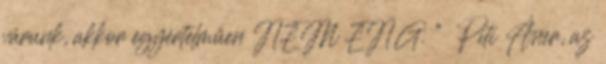
várunk, akkor egyértelműen NEM ENG. ” Piti Áner, az